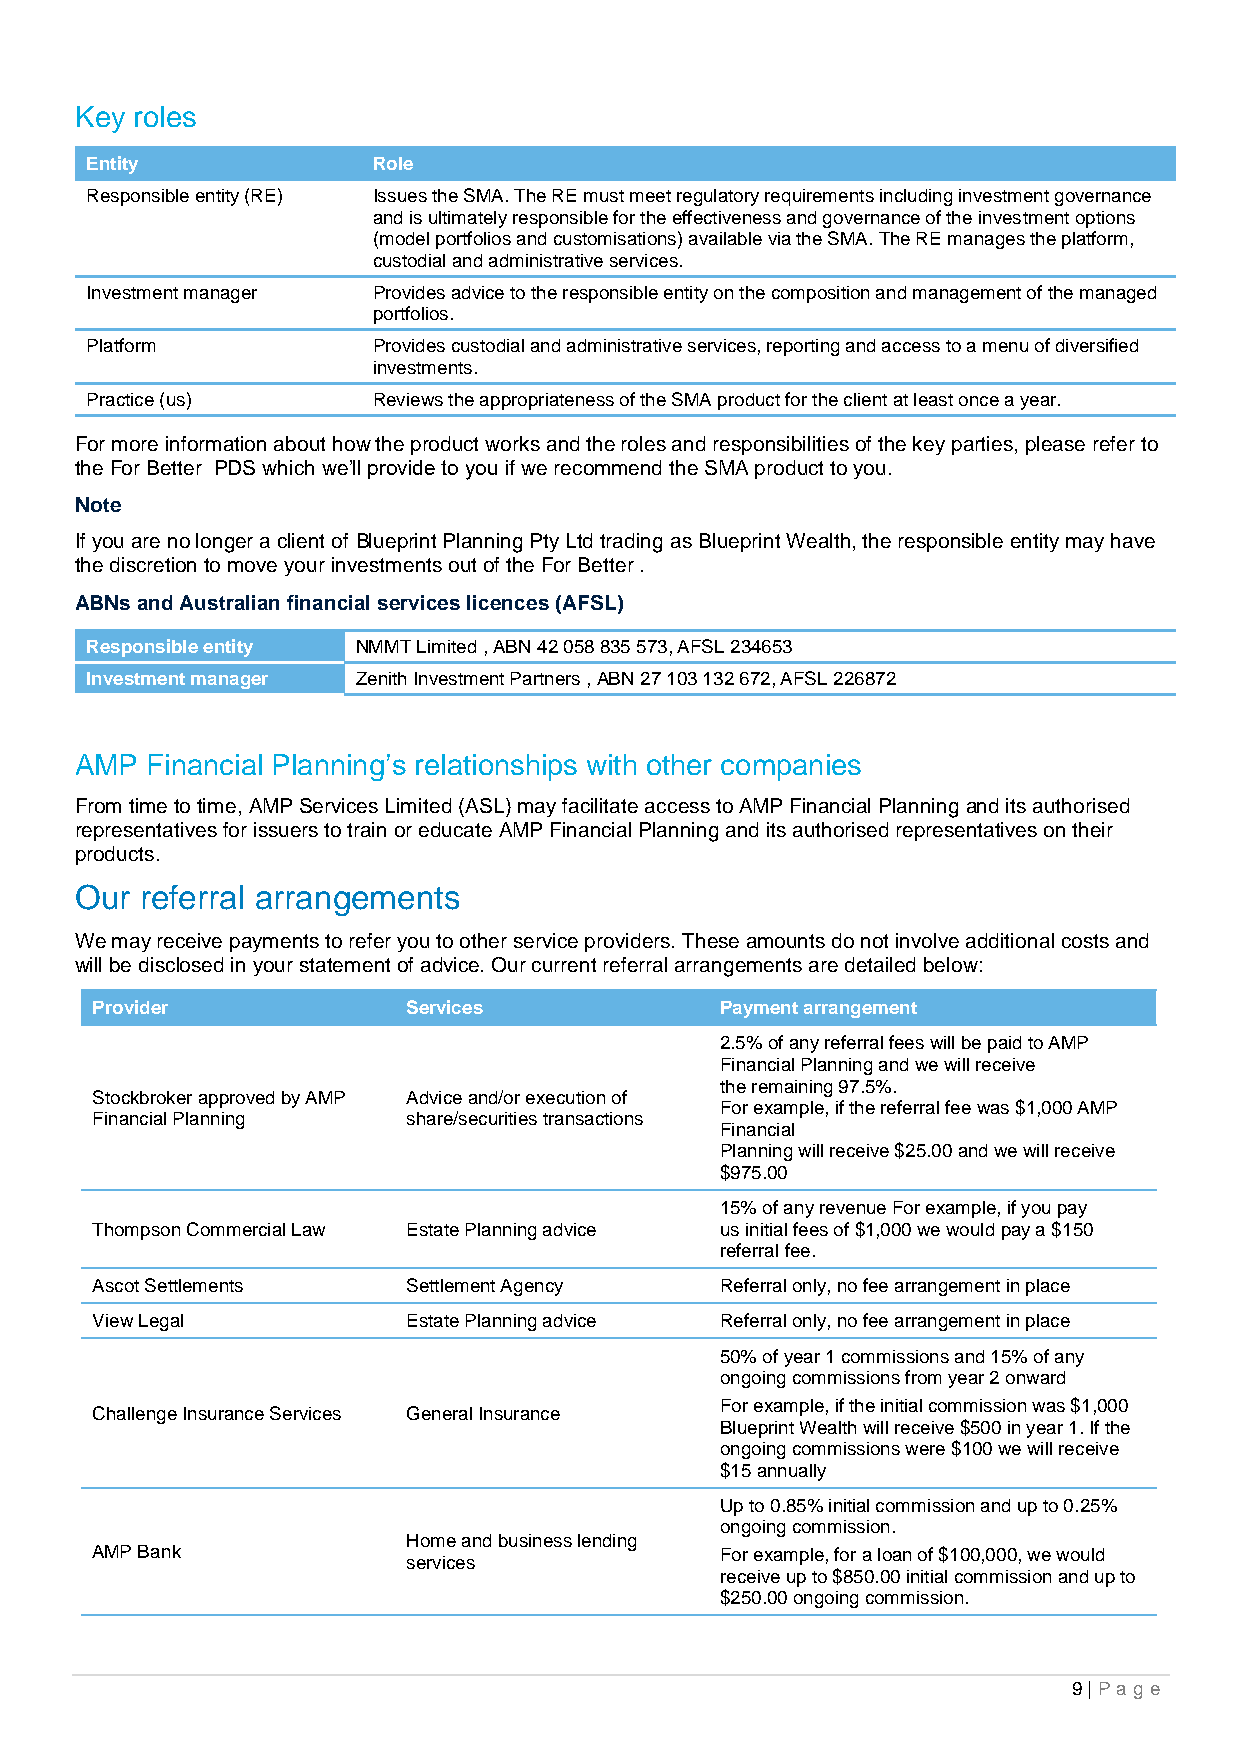
Key roles
 Entity             Role
 Responsible entity (RE) Issues the SMA. The RE must meet regulatory requirements including investment governance
 and is ultimately responsible for the effectiveness and governance of the investment options
 (model portfolios and customisations) available via the SMA. The RE manages the platform,
 custodial and administrative services.
 Investment manager Provides advice to the responsible entity on the composition and management of the managed
 portfolios.
 Platform           Provides custodial and administrative services, reporting and access to a menu of diversified
 investments.
 Practice (us)      Reviews the appropriateness of the SMA product for the client at least once a year.
 For more information about how the product works and the roles and responsibilities of the key parties, please refer to
 the For Better PDS which we’ll provide to you if we recommend the SMA product to you.
 Note
 If you are no longer a client of Blueprint Planning Pty Ltd trading as Blueprint Wealth, the responsible entity may have
 the discretion to move your investments out of the For Better .
 ABNs and Australian financial services licences (AFSL)
 Responsible entity NMMT Limited , ABN 42 058 835 573, AFSL 234653
 Investment manager Zenith Investment Partners , ABN 27 103 132 672, AFSL 226872
 AMP  Financial Planning’s relationships with other companies
 From time to time, AMP Services Limited (ASL) may facilitate access to AMP Financial Planning and its authorised
 representatives for issuers to train or educate AMP Financial Planning and its authorised representatives on their
 products.
 Our referral arrangements
 We may receive payments to refer you to other service providers. These amounts do not involve additional costs and
 will be disclosed in your statement of advice. Our current referral arrangements are detailed below:
 Provider             Services             Payment arrangement
 2.5% of any referral fees will be paid to AMP
 Financial Planning and we will receive
 the remaining 97.5%.
 Stockbroker approved by AMP Advice and/or execution of
 For example, if the referral fee was $1,000 AMP
 Financial Planning   share/securities transactions
 Financial
 Planning will receive $25.00 and we will receive
 $975.00
 15% of any revenue For example, if you pay
 Thompson Commercial Law Estate Planning advice us initial fees of $1,000 we would pay a $150
 referral fee.
 Ascot Settlements    Settlement Agency    Referral only, no fee arrangement in place
 View Legal           Estate Planning advice Referral only, no fee arrangement in place
 50% of year 1 commissions and 15% of any
 ongoing commissions from year 2 onward
 For example, if the initial commission was $1,000
 Challenge Insurance Services General Insurance
 Blueprint Wealth will receive $500 in year 1. If the
 ongoing commissions were $100 we will receive
 $15 annually
 Up to 0.85% initial commission and up to 0.25%
 ongoing commission.
 Home and business lending
 AMP Bank                                  For example, for a loan of $100,000, we would
 services
 receive up to $850.00 initial commission and up to
 $250.00 ongoing commission.
 9 | Pag e